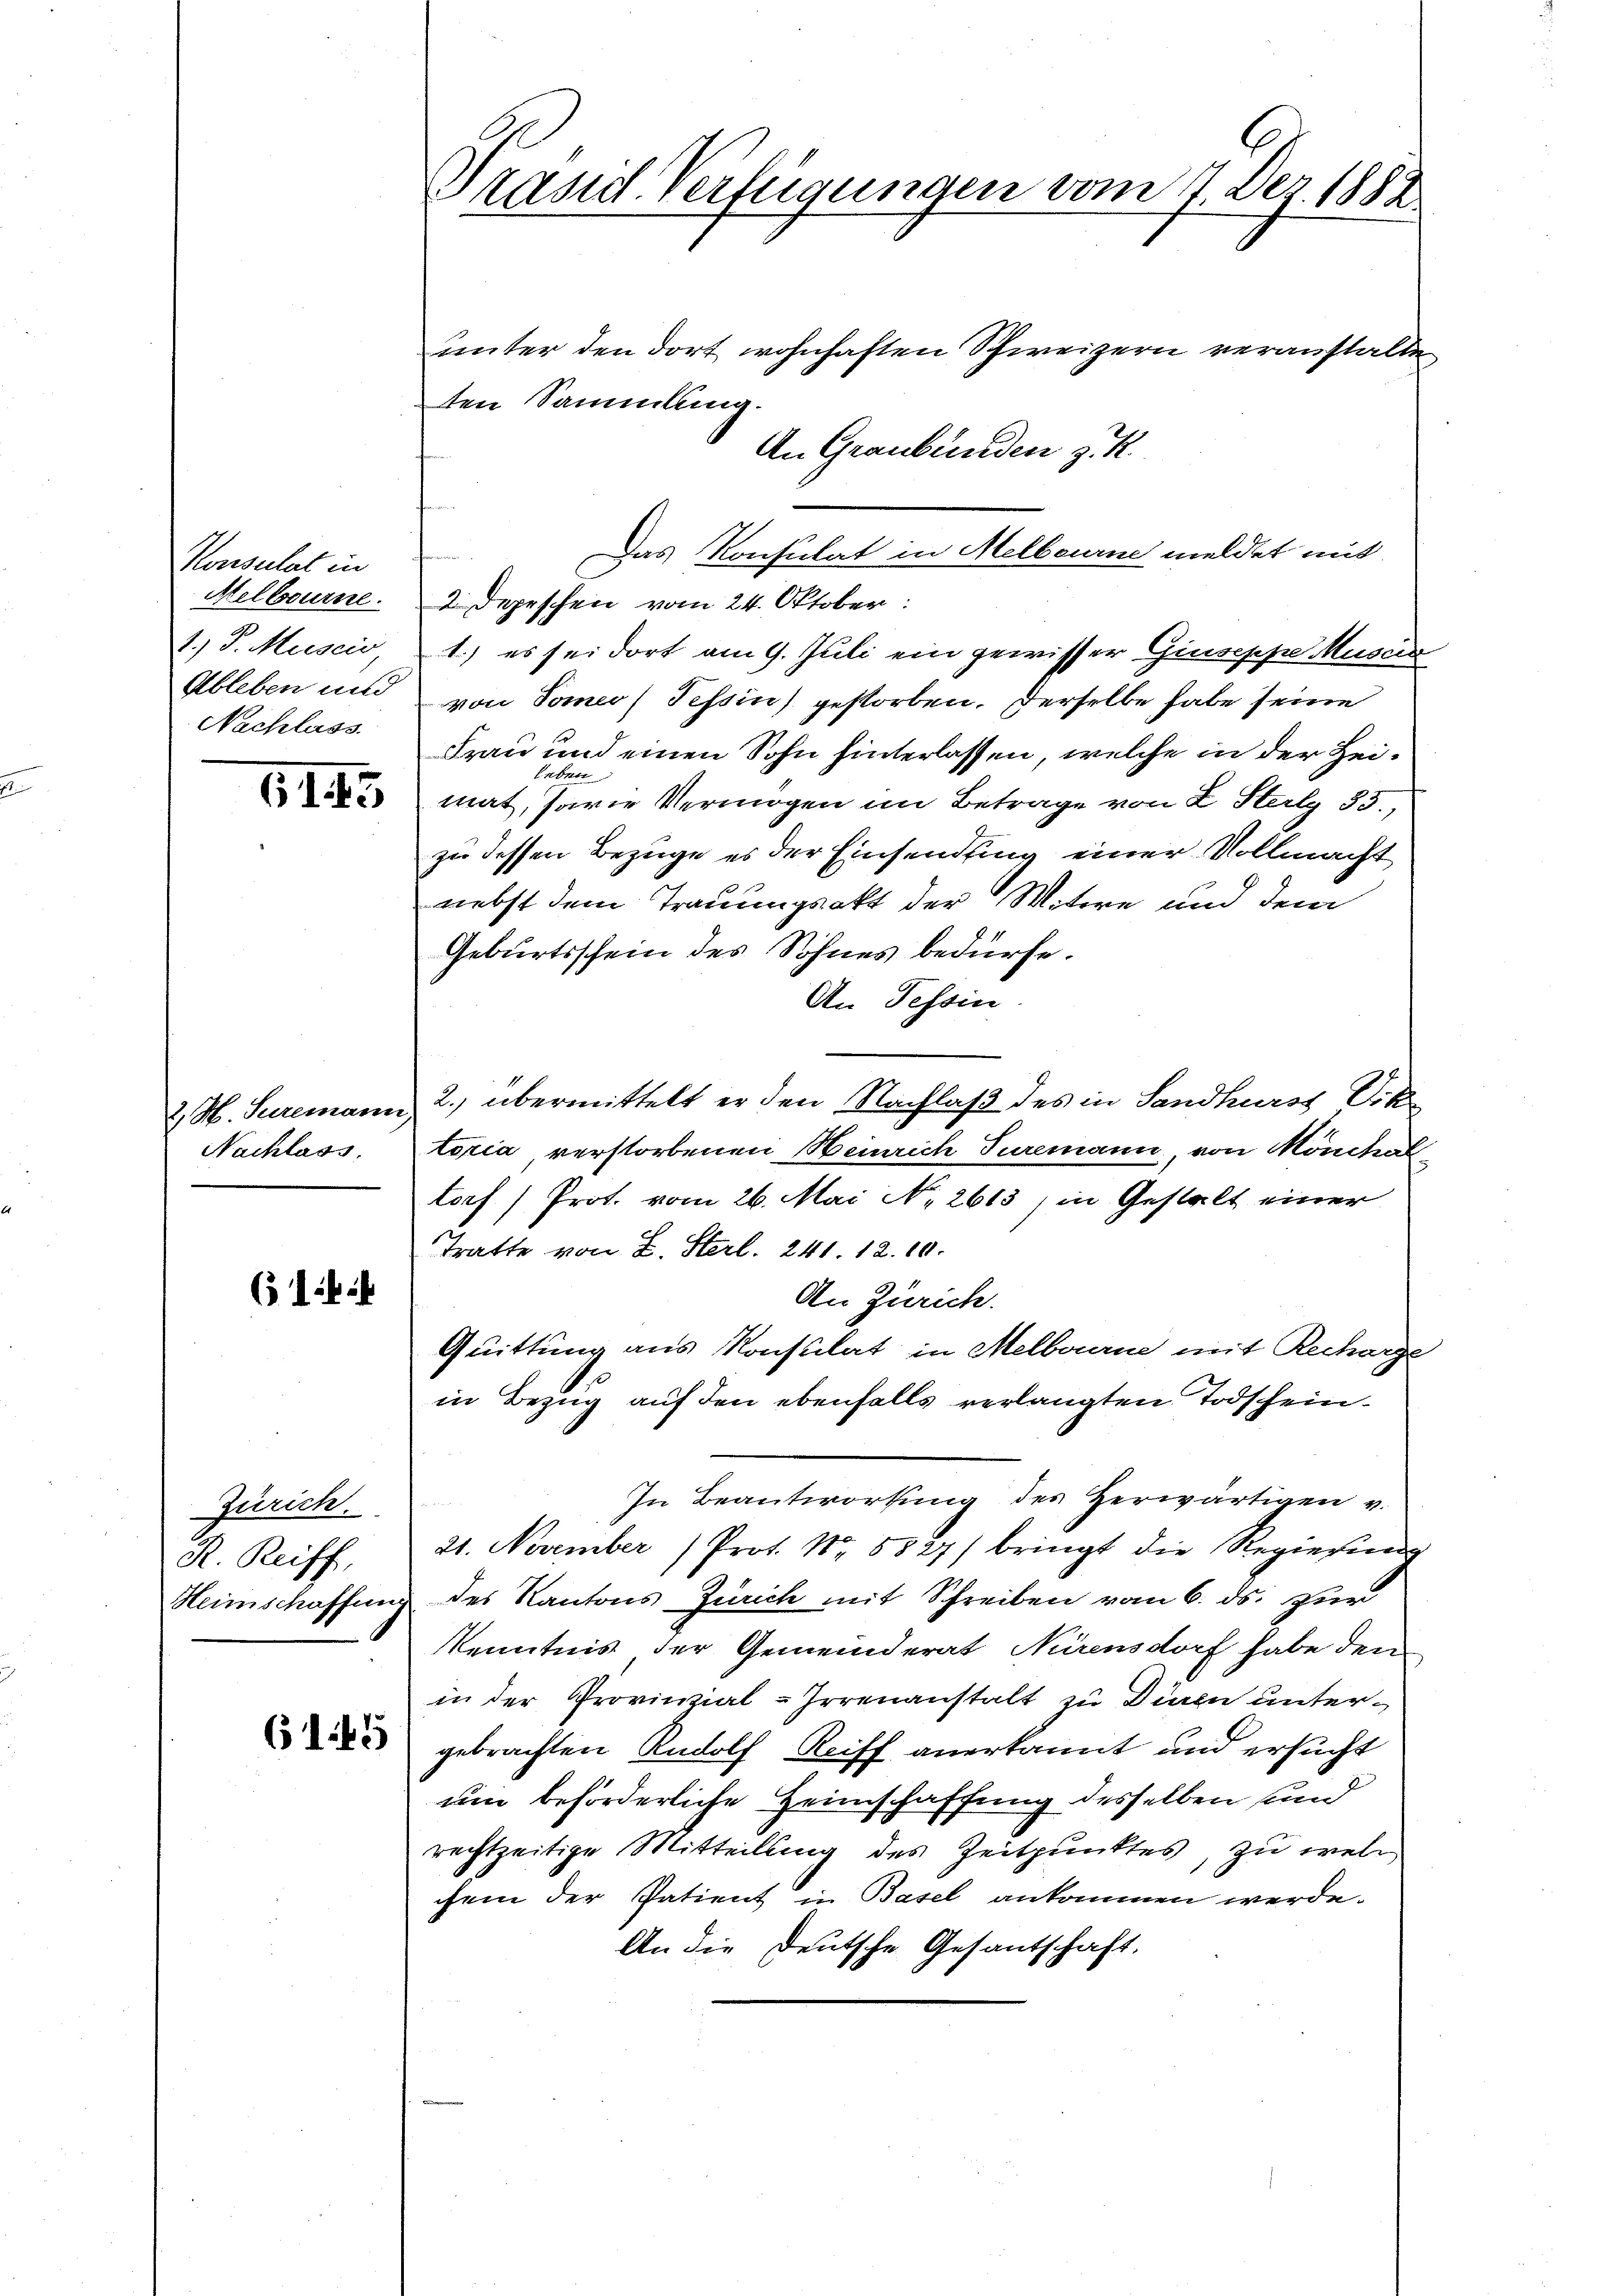
Konsulat in
Melbourne.
1.) J. Musein
Ableben und
Nachlass

615

2, M. Suremann
Nachlass

(14

Zürich.
R. Reiff,
Heimschaffun

6145

Stand Verfügungen vom 7. Dez. 1882

unter den dort wohnhaften Schweizern veranstalte
ten Sammlung.
An Graubünden z. R.
2 Depeschen vom 24. Oktober:
1.) es sei dort am 9. Juli ein gewisser Giuseppe Muscia
von Tomeo (Tessin) gestorben. Derselbe habe seine
Frau und einen Sohn hinterlassen, welche in der Hei¬
Leben
mat, sowie Vermögen im Betrage von L. Sterl 35.
zu dessen Bezüge es der Einsendung einer Vollmacht
nebst dem Trauungsakt der Witwe und dem
Geburtsschein des Sohnes bedürfe.
An Tessin.
2. übermittelt er den Nachlaß des in Sandkurst Ork
toria verstorbenen Heinrich Turemann, von Mönchal
torf (Prot. vom 26. Mai No 2613) in Gestalt einer
Tratte von L. Sterl. 241 12. 10.
An Zürich.
Quittung aus Konsulat in Melborne mit Recharge
in Bezug auf den ebenfalls verlangten Todschein¬
In Beantwortung des herwärtigen v.
21. November Prot. Nr. 5827/ bringt die Regierŭng
des Kantons Zürich mit Schreiben vom 6. ds. zur
Kenntnis der Gemeinderat Nürensdorf habe den
in der Provinzial-Irrenanstalt zu Dünen untergebrachten Rudolf Reiff anerkannt und ersucht
um beförderliche Heimschaffung desselben und
rechtzeitige Mitteilung des Zeitpunktes, zu welchem der Patient in Basel ankommen werde.
An die Deutsche Gesantschaft.

Das Konsulat in Melbourne meldet mit